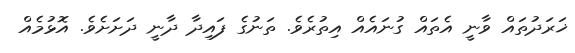
ޚަރަދުތައް ވާނީ އެތައް ގުނައެއް އިތުރެވެ. ތަނުގެ ފައިދާ ދާނީ ދަށަށެވެ. އޮޅުމެއް